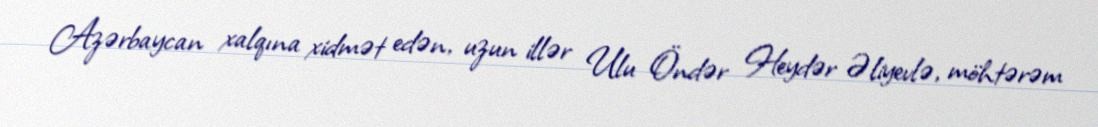
Azərbaycan xalqına xidmət edən, uzun illər Ulu Öndər Heydər Əliyevlə, möhtərəm